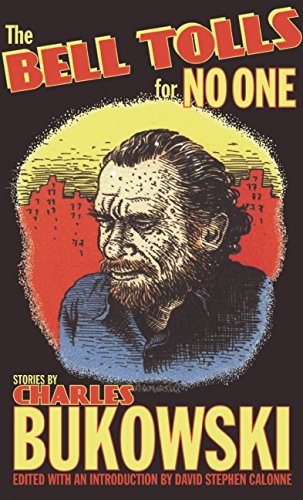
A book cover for The Bell Tolls for No One; Charles Bukowski; Romance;